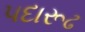
પદારૂઢ